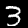
Label: 3